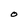
Character: O